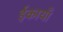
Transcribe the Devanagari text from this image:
ईकायाँ